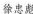
徐忠彪